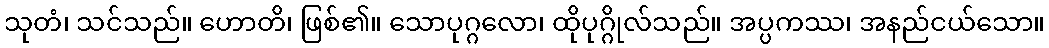
သုတံ၊ သင်သည်။ ဟောတိ၊ ဖြစ်၏။ သောပုဂ္ဂလော၊ ထိုပုဂ္ဂိုလ်သည်။ အပ္ပကဿ၊ အနည်ငယ်သော။